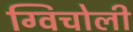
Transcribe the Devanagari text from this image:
ग्विचोली